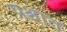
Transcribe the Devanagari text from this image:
प्रश्चात